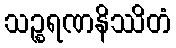
သဉ္စရဏနိဿိတံ